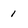
Character: 1